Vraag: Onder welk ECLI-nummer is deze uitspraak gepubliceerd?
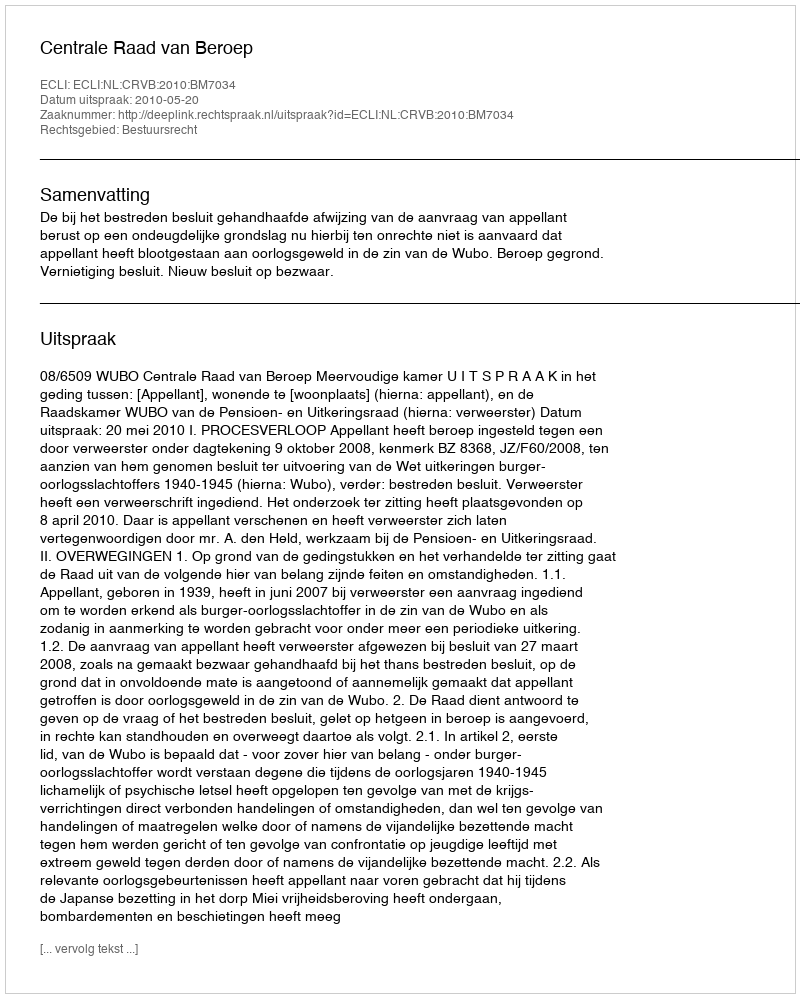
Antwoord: ECLI:NL:CRVB:2010:BM7034